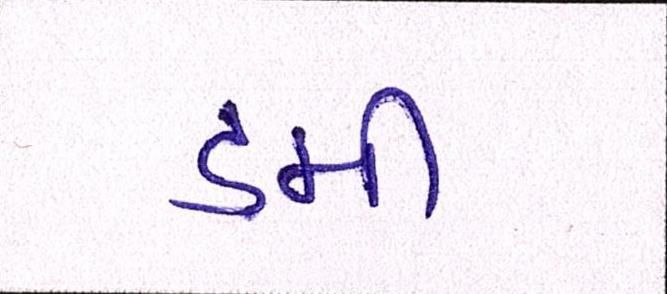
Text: ડમી